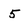
Character: 5